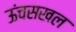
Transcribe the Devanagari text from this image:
ऊंचसखल